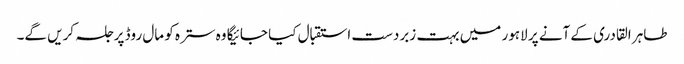
طاہر القادری کے آنے پر لاہور میں بہت زبردست استقبال کیا جائیگا وہ سترہ کو مال روڈ پر جلسہ کریں گے۔